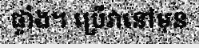
ផ្ទាំង។ ប្រើវានៅមុន